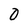
Character: 0